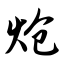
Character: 炝